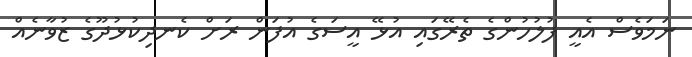
ނަމަވެސް އެއީ ފުލުހުންގެ ތެރޭގައި އުޅޭ އީސަގެ އުފަން ރަށް ކެނދިކުޅުދޫގެ ޒުވާނެއް